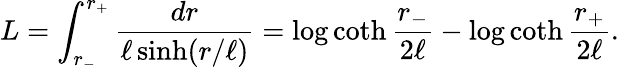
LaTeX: L=\int_{r_{-}}^{r_{+}}\frac{dr}{\ell\sinh(r/\ell)}=\log\coth{\frac{r_{-}}{2\ell}}-\log\coth{\frac{r_{+}}{2\ell}}.